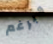
وبرغم